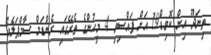
ތިނަދޫ އިން ކޮވިޑް19 އަށް ފައްސިވި 4 މީހުންގެ ތެރޭގައި ރެންޑަމް ސާމްޕަލެއް